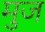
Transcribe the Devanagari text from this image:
मुज